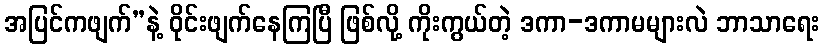
အပြင်ကဖျက်”နဲ့ ဝိုင်းဖျက်နေကြပြီ ဖြစ်လို့ ကိုးကွယ်တဲ့ ဒကာ-ဒကာမများလဲ ဘာသာရေး